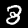
Digit: 3